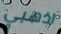
اذهبي